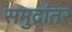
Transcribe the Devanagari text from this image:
समुद्रांतर